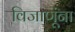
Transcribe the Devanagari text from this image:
विजाणूंना